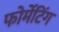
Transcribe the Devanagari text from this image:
फोर्मेटिंग